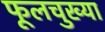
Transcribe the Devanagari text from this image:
फूलचुख्या